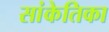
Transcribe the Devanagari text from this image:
सांकेतिका